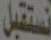
نستقبل